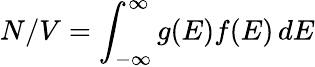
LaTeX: N/V=\int_{-\infty}^{\infty}g(E)f(E)\, dE